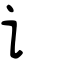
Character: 讠